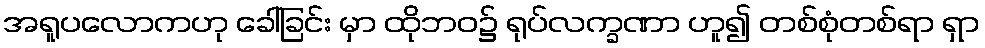
အရူပလောကဟု ခေါ်ခြင်း မှာ ထိုဘဝ၌ ရုပ်လက္ခဏာ ဟူ၍ တစ်စုံတစ်ရာ ရှာ